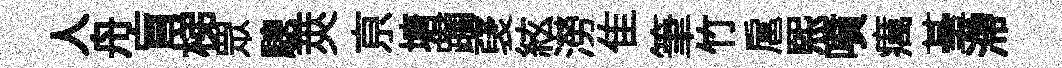
人舟盲梯眾驄莢亰塘躪裦絃澇隹筆竹扈熙噴癘䑓滯